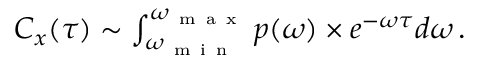
\begin{array} { r } { C _ { x } ( \tau ) \sim \int _ { \omega _ { \mathrm { ~ m ~ i ~ n ~ } } } ^ { \omega _ { \mathrm { ~ m ~ a ~ x ~ } } } p ( \omega ) \times e ^ { - \omega \tau } d \omega \, . } \end{array}